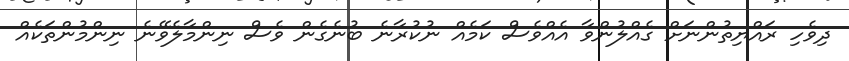
ދިވެހި ރައްޔިތުންނަށް ގެއްލުންވާ އެއްވެސް ކަމެއް ނުކުރާނެ ބުނެގެން ވެސް ނިންމާލެވޭނެ ނިންމުންތަކެއް